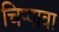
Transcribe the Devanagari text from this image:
चिप्पावा